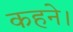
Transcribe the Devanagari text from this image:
कहने।